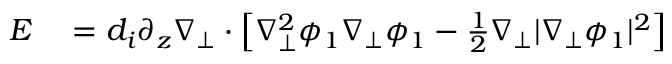
\begin{array} { r l } { E } & { { } = d _ { i } \partial _ { z } \nabla _ { \perp } \cdot \left[ \nabla _ { \perp } ^ { 2 } \phi _ { 1 } \nabla _ { \perp } \phi _ { 1 } - \frac { 1 } { 2 } \nabla _ { \perp } | \nabla _ { \perp } \phi _ { 1 } | ^ { 2 } \right] } \end{array}